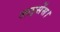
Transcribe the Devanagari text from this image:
लाइसेंस।